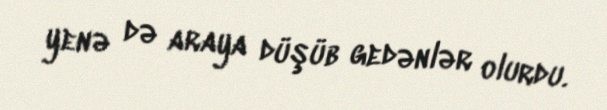
yenə də araya düşüb gedənlər olurdu.